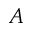
A